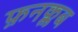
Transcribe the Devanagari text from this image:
फ़नक्लब